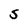
Character: S